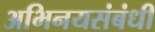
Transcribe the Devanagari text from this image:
अभिनयसंबंधी